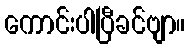
ကောင်းပါပြီခင်ဗျာ။